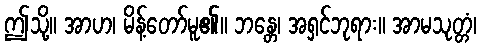
ဤသို့။ အာဟ၊ မိန့်တော်မူ၏။ ဘန္တေ၊ အရှင်ဘုရား။ အာမသုတ္တံ၊